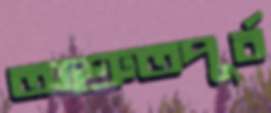
অশ্রুতপূর্ব